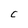
Character: C